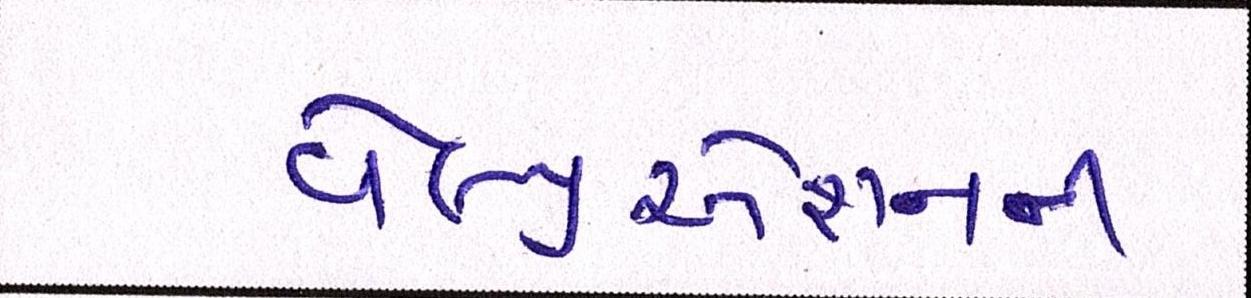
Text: વેલ્યુએશનની